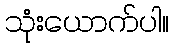
သုံးယောက်ပါ။